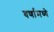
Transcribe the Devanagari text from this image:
वर्णामध्ये